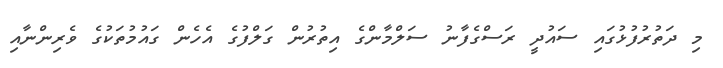
މި ދަތުރުފުޅުގައި ސައުދީ ރަސްގެފާނު ސަލްމާންގެ އިތުރުން ގަލްފުގެ އެހެން ގައުމުތަކުގެ ވެރިންނާއި